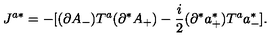
J ^ { a * } = - [ ( \partial A _ { - } ) T ^ { a } ( \partial ^ { * } A _ { + } ) - \frac { i } { 2 } ( \partial ^ { * } a _ { + } ^ { * } ) T ^ { a } a _ { - } ^ { * } ] .